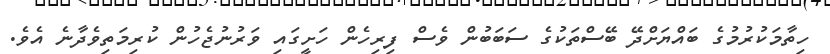
ހިތާމަކުރުމުގެ ބައްޔަށްދޭ ބޭސްތަކުގެ ސަބަބުން ވެސް ފިރިހެން ހަށީގައި ވަރުނުޖެހުން ކުރިމަތިވެދާނެ އެވެ.